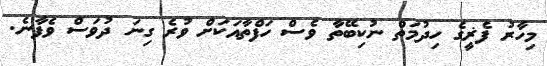
މިހާރު ފެޜީގެ ހިދުމަތް ނުކިބޭތާ ވެސް ހަފްތާއަކަށް ވުރެ ގިނަ ދުވަސް ވެފާނެ.